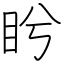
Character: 盻